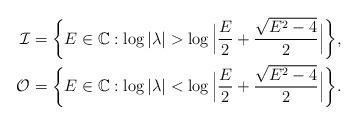
LaTeX: \begin{align*}\mathcal{I}&=\bigg\{E\in \mathbb{C}: \log|\lambda| > \log \Big|\frac{E}{2}+\frac{\sqrt{E^{2}-4}}{2}\Big| \bigg\},\\\mathcal{O}&=\bigg\{E\in \mathbb{C}: \log|\lambda| < \log \Big|\frac{E}{2}+\frac{\sqrt{E^{2}-4}}{2}\Big| \bigg\}.\end{align*}